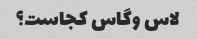
لاس وگاس کجاست؟